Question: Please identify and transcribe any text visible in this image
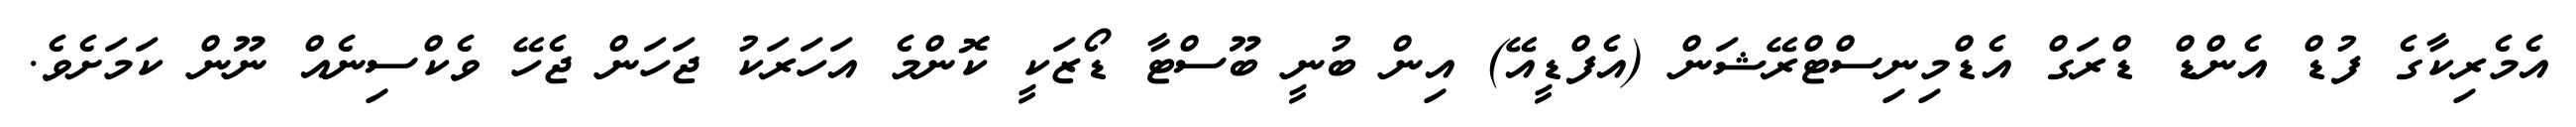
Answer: އެމެރިކާގެ ފުޑް އެންޑް ޑްރަގް އެޑްމިނިސްޓްރޭޝަން (އެފްޑީއޭ) އިން ބުނީ ބޫސްޓާ ޑޯޒަކީ ކޮންމެ އަހަރަކު ޖަހަން ޖެހޭ ވެކްސިނެއް ނޫން ކަމަށެވެ.